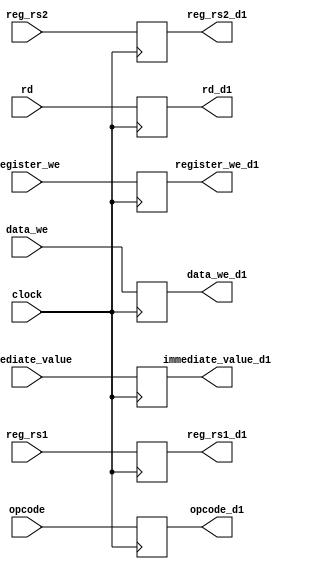
module delay_input(reg_rs1_d1,reg_rs2_d1,opcode_d1,rd_d1,immediate_value_d1,register_we_d1,data_we_d1,reg_rs1,reg_rs2,rd,immediate_value,opcode,register_we,data_we,clock);
output reg [31:0] reg_rs1_d1,reg_rs2_d1,immediate_value_d1;
output reg [5:0] opcode_d1;
output reg[4:0] rd_d1;
output reg register_we_d1,data_we_d1;
input [31:0] reg_rs1,reg_rs2,immediate_value;
input[5:0] opcode;
input [4:0] rd;
input clock,register_we,data_we;

always@(posedge clock)
begin
 reg_rs1_d1 <= reg_rs1;
 reg_rs2_d1 <= reg_rs2;
 immediate_value_d1 <= immediate_value;
 opcode_d1 <= opcode;
 rd_d1 <= rd;
 register_we_d1 <= register_we;
 data_we_d1 <= data_we;
end
endmodule